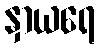
နှာယရေ